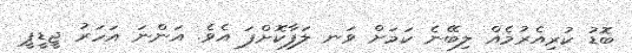
ބޮޑު ކުރިއެރުމެއް ލިބޭނެ ކަމަށް ވަނ ލަފާކޮށްފަ އެވެ. އަންނަ އަހަރު ޖީޑީޕީ